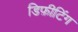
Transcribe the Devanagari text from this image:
डिफ़ीटिंग